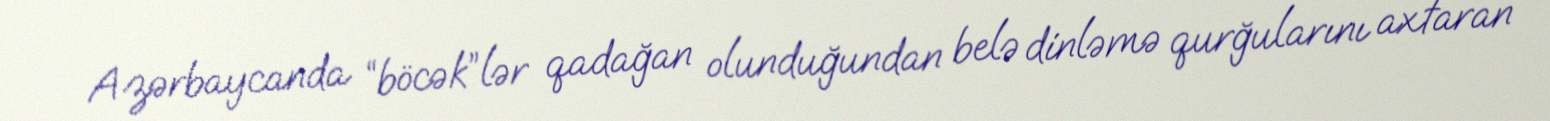
Azərbaycanda “böcək”lər qadağan olunduğundan belə dinləmə qurğularını axtaran